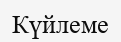
Күйлеме